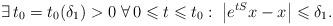
LaTeX: \begin{align*} \exists\,t_0=t_0(\delta_1)>0\;\forall\,0\leqslant t\leqslant t_0:\;\left|e^{tS}x-x\right|\leqslant\delta_1. \end{align*}